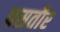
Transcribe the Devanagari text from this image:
पसतौर